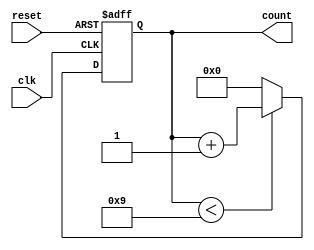
module bcd_counter (
    input wire clk,        // Clock signal
    input wire reset,      // Asynchronous reset signal
    output reg [3:0] count // 4-bit output for BCD count
);

// Always block triggered on the rising edge of the clock
always @(posedge clk or posedge reset) begin
    if (reset) begin
        // Asynchronous reset: set count to 0
        count <= 4'b0000;
    end else begin
        // Counting logic
        if (count < 4'b1001) begin
            // Increment count if it's less than 9
            count <= count + 1;
        end else begin
            // Reset count to 0 if it reaches 10
            count <= 4'b0000;
        end
    end
end

endmodule